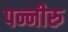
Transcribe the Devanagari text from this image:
पन्नीरु